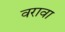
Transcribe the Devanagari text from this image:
वरावा